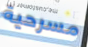
مسرحية